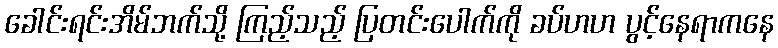
ခေါင်းရင်းအိမ်ဘက်သို့ ကြည့်သည့် ပြတင်းပေါက်ကို ခပ်ဟဟ ပွင့်နေရာကနေ